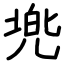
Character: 兠